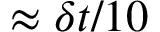
\approx \delta t / 1 0